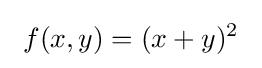
\ f(x,y)=(x+y)^{2}\